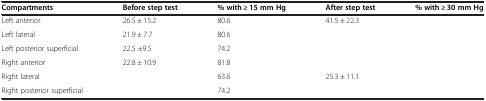
<table><thead><tr><td><b>Compartments</b></td><td><b>Before step test</b></td><td><b>% with ≥ 15 mm Hg</b></td><td><b>After step test</b></td><td><b>% with ≥ 30 mm Hg</b></td></tr></thead><tbody><tr><td>Left anterior</td><td>26.5 ± 15.2</td><td>80.6</td><td>41.5 ± 22.3</td><td>[EMPTY_CELL]</td></tr><tr><td>Left lateral</td><td>21.9 ± 7.7</td><td>80.6</td><td>[EMPTY_CELL]</td><td>[EMPTY_CELL]</td></tr><tr><td>Left posterior superficial</td><td>22.5 ±9.5</td><td>74.2</td><td>[EMPTY_CELL]</td><td>[EMPTY_CELL]</td></tr><tr><td>Right anterior</td><td>22.8 ± 10.9</td><td>81.8</td><td>[EMPTY_CELL]</td><td>[EMPTY_CELL]</td></tr><tr><td>Right lateral</td><td>[EMPTY_CELL]</td><td>63.6</td><td>25.3 ± 11.1</td><td>[EMPTY_CELL]</td></tr><tr><td>Right posterior superficial</td><td>[EMPTY_CELL]</td><td>74.2</td><td>[EMPTY_CELL]</td><td>[EMPTY_CELL]</td></tr></tbody></table>